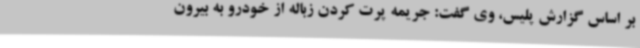
بر اساس گزارش پلیس، وی گفت: جریمه پرت کردن زباله از خودرو به بیرون